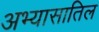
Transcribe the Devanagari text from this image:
अभ्यासातिल